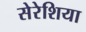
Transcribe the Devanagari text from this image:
सेरेशिया